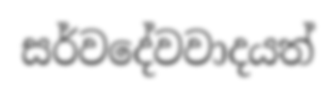
සර්වදේවවාදයත්